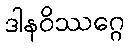
ဒါနဝိဿဂ္ဂေ